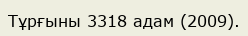
Тұрғыны 3318 адам (2009).